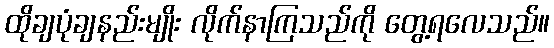
ထိုချပုံချနည်းမျိုး လိုက်နာကြသည်ကို တွေ့ရလေသည်။